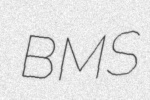
BMS